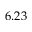
6 . 2 3